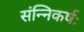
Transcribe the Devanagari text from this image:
संन्निकर्षः